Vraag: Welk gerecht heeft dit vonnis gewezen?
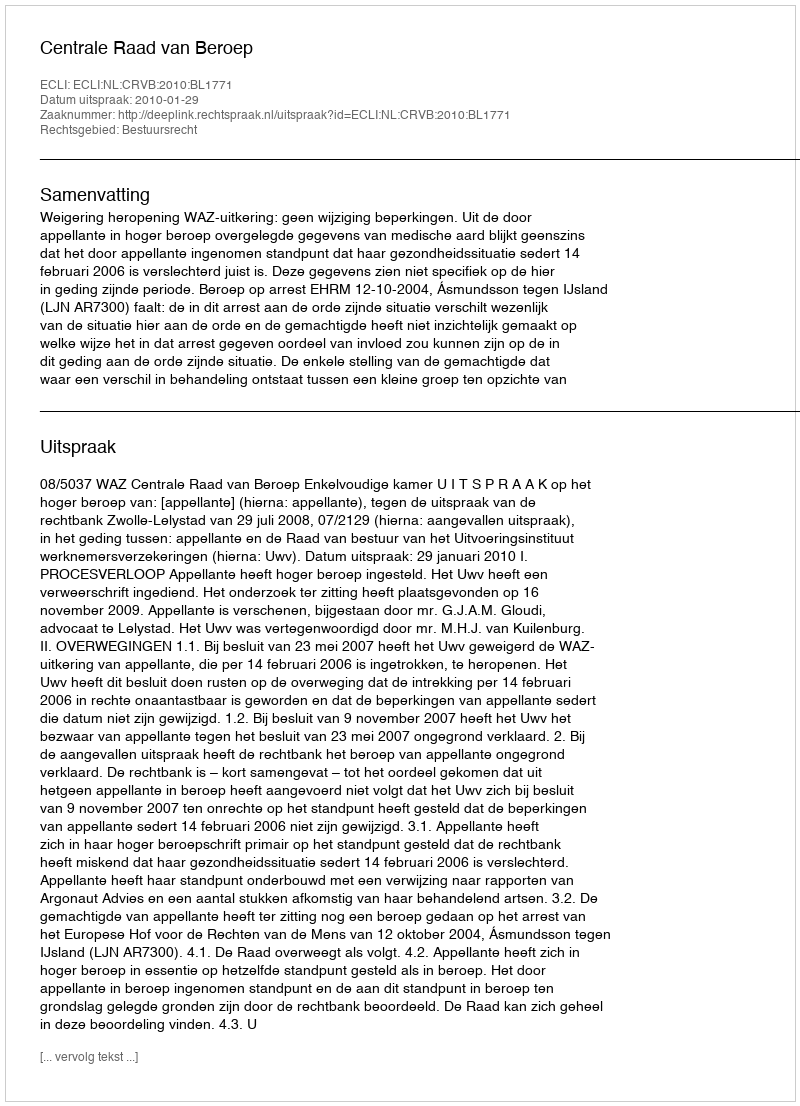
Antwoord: Centrale Raad van Beroep